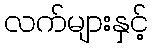
လက်များနှင့်